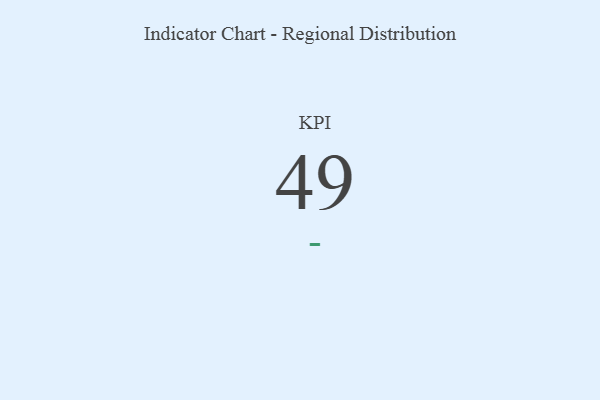
{"axis": {"x": "KPI", "y": "Value"}, "legend": [""], "data": [{"x": "KPI", "y": 49, "type": ""}]}